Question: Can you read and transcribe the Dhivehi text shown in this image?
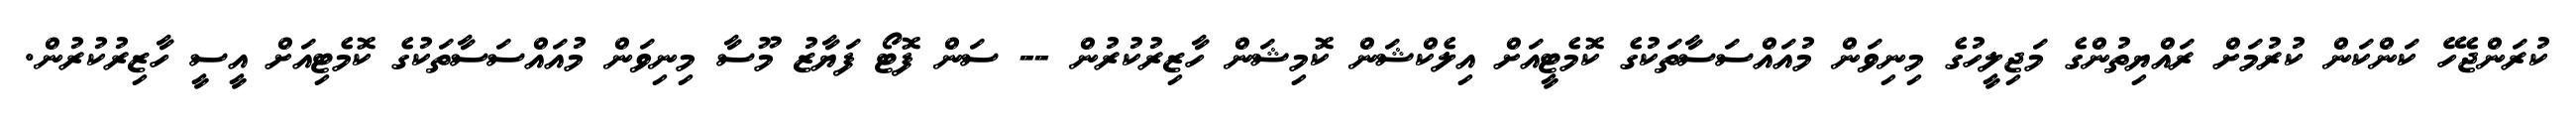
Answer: ކުރަންޖެހޭ ކަންކަން ކުރުމަށް ރައްޔިތުންގެ މަޖިލީހުގެ މިނިވަން މުއައްސަސާތަކުގެ ކޮމެޓީއަށް އިލެކްޝަން ކޮމިޝަން ހާޒިރުކުރުން -- ސަން ފޮޓޯ ފަޔާޒު މޫސާ މިނިވަން މުއައްސަސާތަކުގެ ކޮމެޓިއަށް އީސީ ހާޒިރުކުރުން.